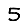
Digit: 5